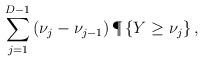
LaTeX: \begin{align*}\sum_{j=1}^{D-1}\left( \nu_{j} - \nu_{j-1} \right) \P\left\{ Y \geq \nu_j\right\},\end{align*}